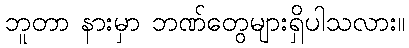
ဘူတာ နားမှာ ဘဏ်တွေများရှိပါသလား။